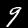
Digit: 9